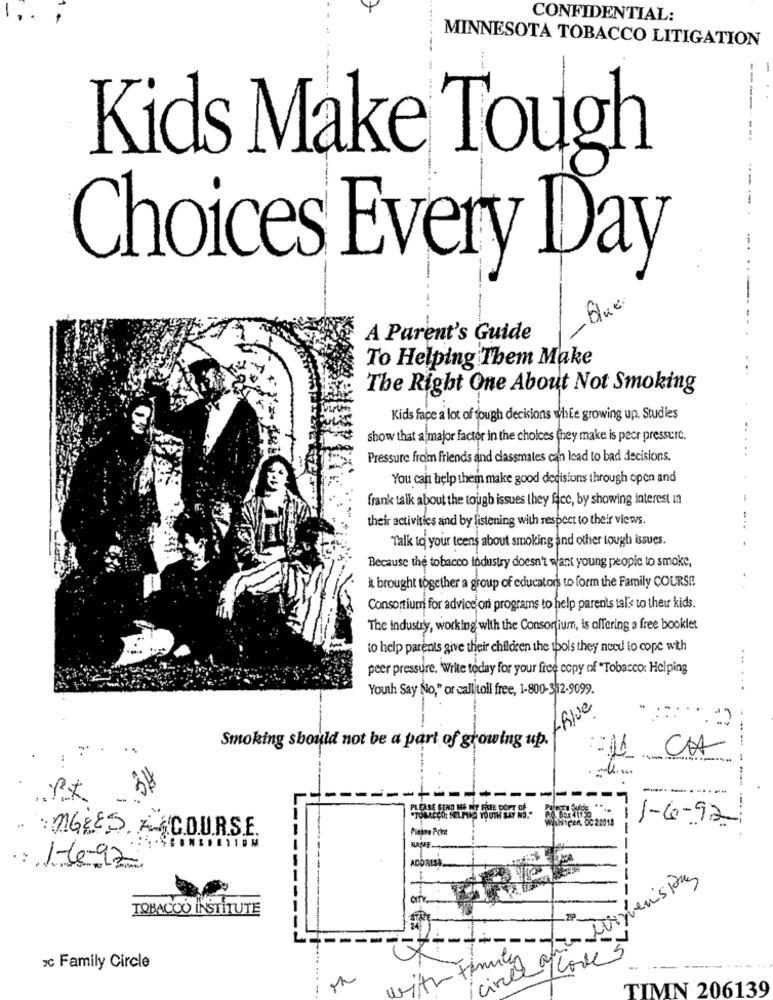
CONFIDENTIAL:
MINNESOTA TOBACCO LITIGATION
-------.
Kids Make Tough
----
Choices Every Day
- Blue.
A Parent's Guide
To Helping Them Make
The Right One About Not Smoking
Kids face a lot of tough decisions whfe growing up. Studies
show that a major factor in the choices they make is peer pressure.
Pressure from friends and classmates can lead to bad decisions.
You can help them make good decisions through open and
frank talk about the tough issues they face, by showing interest in
-
their activities and by listening with respect to their views.
Talk to your teens about smoking and other Lough issues.
Because the tobacco industry doesn't want young people to smoke,
it brought together a group of educators to form the Family COURS !!
Consortium for advice on programs to help parents talis to their kids.
The industry, working with the Consortium, is offering a free booklet
to help parents give their children the tools they need to cope with
peer pressure. Write today for your free copy of "Tobacco: Helping
Youth Say No," or callitoll free, 1-800-312-9099.
-Blue
Smoking should not be a part of growing up.
-
CH
-
------ ----
1-4-92
MGEES A COURSE
ADÓRESİ
: Hez
---
TOBACCO INSTITUTE
with the
circle gloves
* Family Circle
TIMN 206139